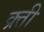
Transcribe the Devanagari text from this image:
क्र्ती